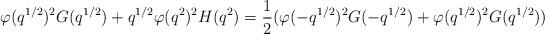
LaTeX: \begin{align*} \varphi(q^{1/2})^2G(q^{1/2})+q^{1/2}\varphi(q^2)^2H(q^2) = \dfrac{1}{2}(\varphi(-q^{1/2})^2G(-q^{1/2})+\varphi(q^{1/2})^2G(q^{1/2}))\end{align*}